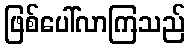
ဖြစ်ပေါ်လာကြသည်